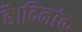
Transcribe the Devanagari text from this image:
है।दिनांक